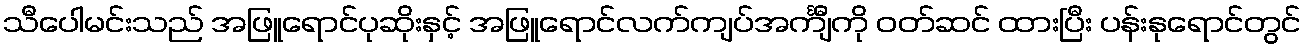
သီပေါမင်းသည် အဖြူရောင်ပုဆိုးနှင့် အဖြူရောင်လက်ကျပ်အင်္ကျီကို ဝတ်ဆင် ထားပြီး ပန်းနုရောင်တွင်